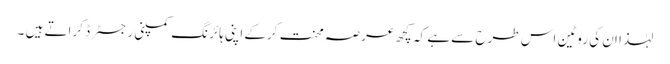
لہٰذا ان کی روٹین اس طرح سے ہے کہ کچھ عرصہ محنت کرکے اپنی ہائرنگ کمپنی رجسٹرڈ کراتے ہیں ۔